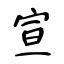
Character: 宣